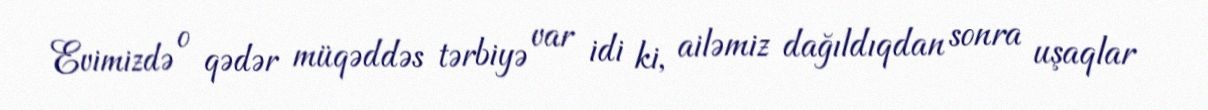
Evimizdə o qədər müqəddəs tərbiyə var idi ki, ailəmiz dağıldıqdan sonra uşaqlar